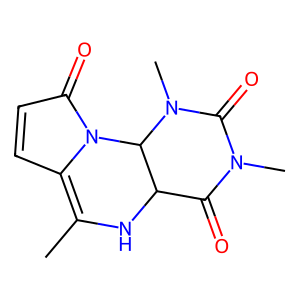
SMILES: CC1=C2C=CC(=O)N2C2C(N1)C(=O)N(C)C(=O)N2C
Inhibits HIV replication: No